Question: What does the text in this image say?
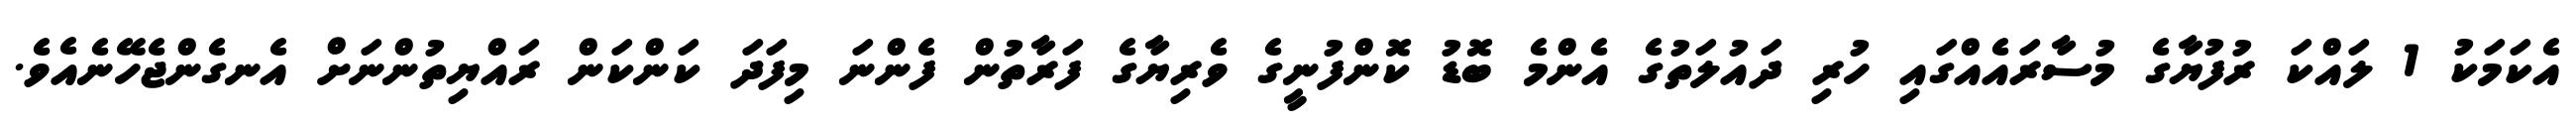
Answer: އެކަމަކު 1 ލައްކަ ރުފުޔާގެ މުސާރައެއްގައި ހުރި ދައުލަތުގެ އެންމެ ބޮޑު ކޮންފުނީގެ ވެރިޔާގެ ފަރާތުން ފެންނަ މިފަދަ ކަންކަން ރައްޔިތުންނަށް އެނގެންޖެހޭނެއެވެ.